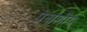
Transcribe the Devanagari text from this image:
प्रेक्षणीय़